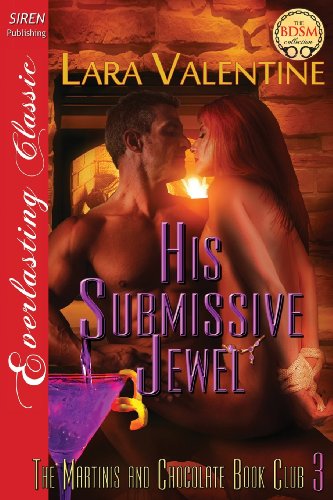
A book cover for His Submissive Jewel [The Martinis and Chocolate Book Club 3] (Siren Publishing Everlasting Classic); Lara Valentine; Romance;